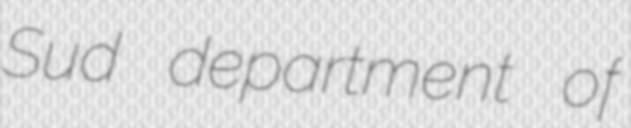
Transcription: Sud department of